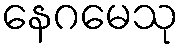
နေဂမေသု